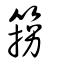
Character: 箉